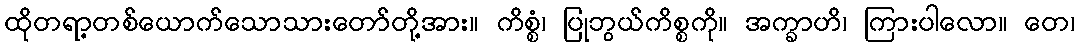
ထိုတရာ့တစ်ယောက်သောသားတော်တို့အား။ ကိစ္စံ၊ ပြုဘွယ်ကိစ္စကို။ အက္ခာဟိ၊ ကြားပါလော။ တေ၊